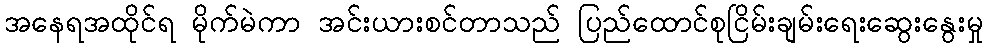
အနေရအထိုင်ရ မိုက်မဲကာ အင်းယားစင်တာသည် ပြည်ထောင်စုငြိမ်းချမ်းရေးဆွေးနွေးမှု